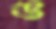
ঙ